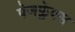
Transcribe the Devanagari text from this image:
पेजफ्लेक्स